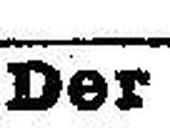
Der